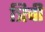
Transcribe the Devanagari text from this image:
त्रिची